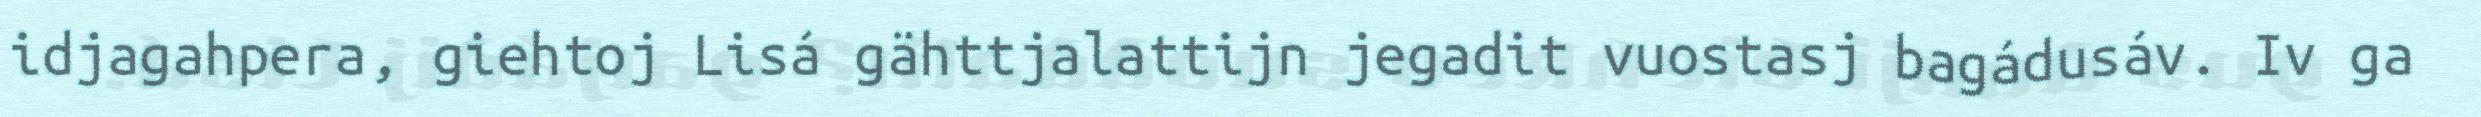
idjagahpera, giehtoj Lisá gähttjalattijn jegadit vuostasj bagádusáv. Iv ga